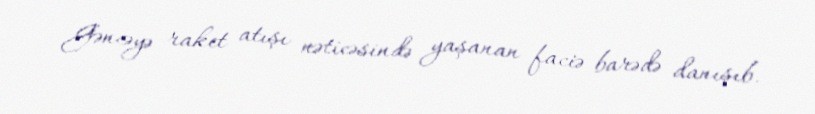
Gəncəyə raket atışı nəticəsində yaşanan faciə barədə danışıb.